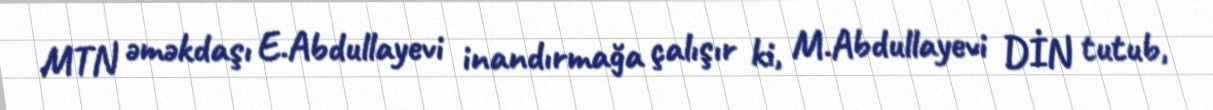
MTN əməkdaşı E.Abdullayevi inandırmağa çalışır ki, M.Abdullayevi DİN tutub,